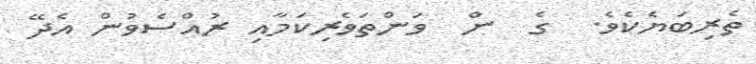
ތެރިބަޔެކެވެ.  ގެ  ން  ވަންތަވެރިކަމާއި ރުއްސެވުން އެދޭ